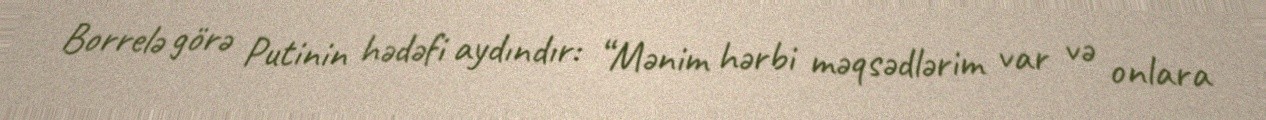
Borrelə görə Putinin hədəfi aydındır: “Mənim hərbi məqsədlərim var və onlara